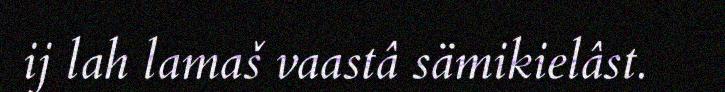
ij lah lamaš vaastâ sämikielâst.